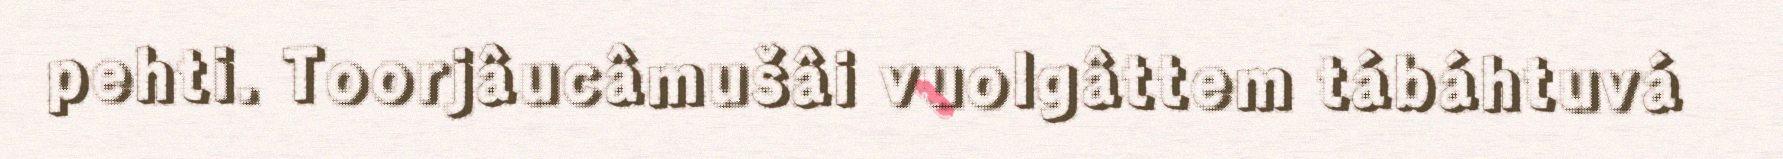
pehti. Toorjâucâmušâi vuolgâttem tábáhtuvá